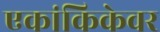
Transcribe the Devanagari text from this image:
एकांकिकेवर